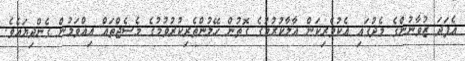
އެފަދަ ޒުވާނުންގެ މެދުގައި އެކުވެރިކަން އާލާކުރުމުގެ ގޮތުން ހޭލުންތެރިކުރުވުމުގެ މެސެޖްތައް އިއްވަމުން ގެންދިޔައެވެ.